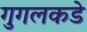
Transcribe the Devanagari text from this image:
गुगलकडे